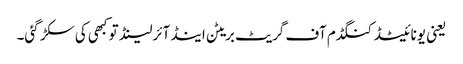
یعنی یونائیٹڈ کنگڈم آف گریٹ بریٹن اینڈ آئرلینڈ تو کبھی کی سکڑ گئی۔